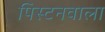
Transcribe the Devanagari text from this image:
पिस्टनवाला